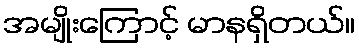
အမျိုးကြောင့် မာနရှိတယ်။